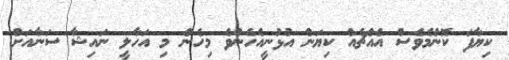
ކިޔާފަ ކޮންމެވެސް އެއްޗެއް ކިޔަން އުޅުނީއެހެންވެ މިހެން މި އަހާލީ ނައިޝާ ސަނާއަށް